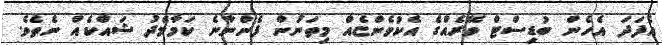
އެފަދަ އެހެން ބުޑިސްޓް ވޭރެއްގެ އެކުވެންޏެއް މިތަނުން ފެންނާނެ ކަމާމެދު ޝައްކެއް ނެތެވެ.